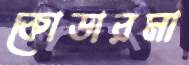
কোডারমা